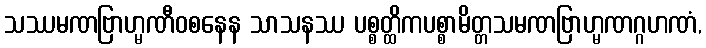
သဿမဏဗြာဟ္မဏီဝစနေန သာသနဿ ပစ္စတ္ထိကပစ္စာမိတ္တသမဏဗြာဟ္မဏဂ္ဂဟဏံ,